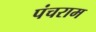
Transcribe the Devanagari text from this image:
पंचराम